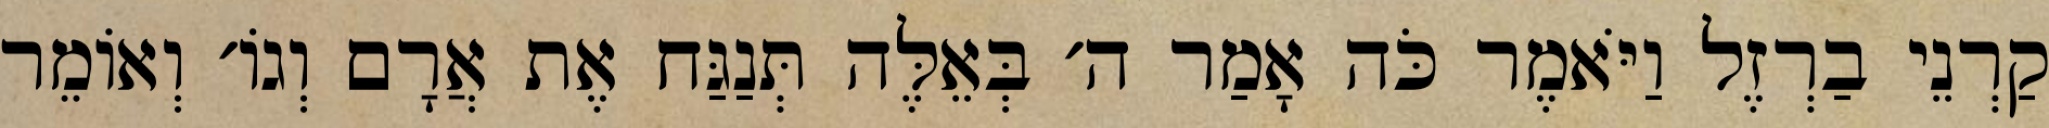
קַרְנֵי בַרְזֶל וַיֹּאמֶר כֹּה אָמַר ה׳ בְּאֵלֶּה תְּנַגַּח אֶת אֲרָם וְגוֹ׳ וְאוֹמֵר